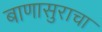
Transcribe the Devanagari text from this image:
बाणासुराचा